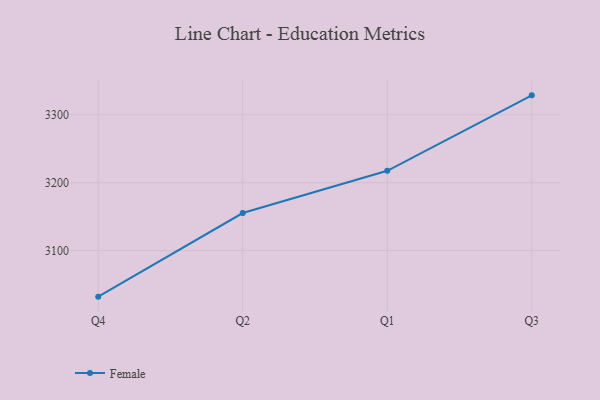
{"axis": {"x": "Quarter", "y": "Satisfaction Score"}, "legend": ["Female"], "data": [{"x": "Q4", "y": 3032.3, "type": "Female"}, {"x": "Q2", "y": 3155.4, "type": "Female"}, {"x": "Q1", "y": 3217.5, "type": "Female"}, {"x": "Q3", "y": 3328.6, "type": "Female"}]}